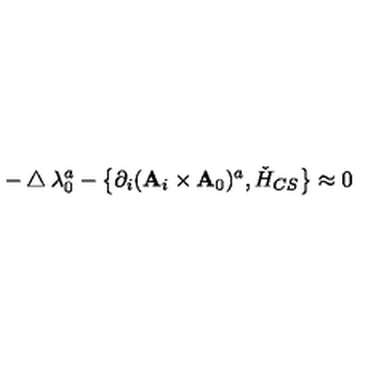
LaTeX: - \bigtriangleup \lambda _ { 0 } ^ { a } - \left\{ \partial _ { i } ( { \bf A } _ { i } \times { \bf A } _ { 0 } ) ^ { a } , \check { H } _ { C S } \right\} \approx 0